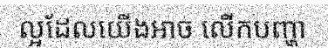
ល្អដែលយើងអាច លើកបញ្ហា